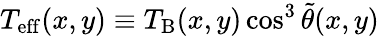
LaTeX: T_{\mathrm{eff}}(x,y)\equiv T_{\mathrm{B}}(x,y)\cos^{3}\tilde{\theta}(x,y)